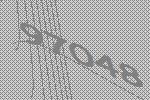
97048